画像に写った文字を読んでください
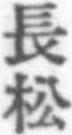
「長松」と書いてあります